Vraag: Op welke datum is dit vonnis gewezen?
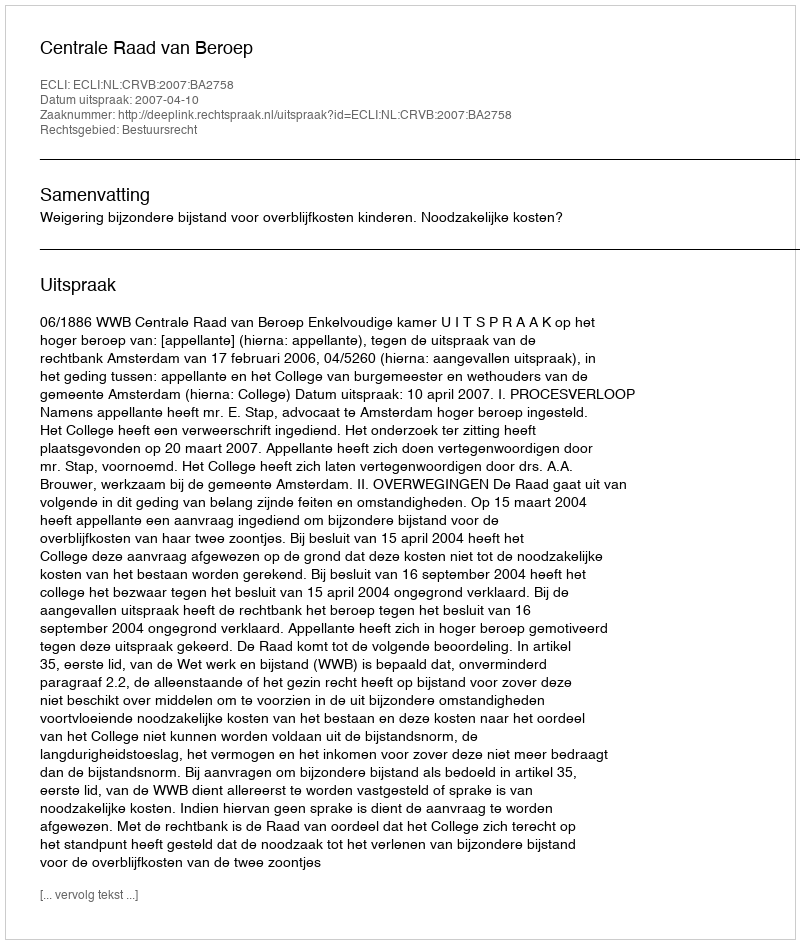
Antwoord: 2007-04-10